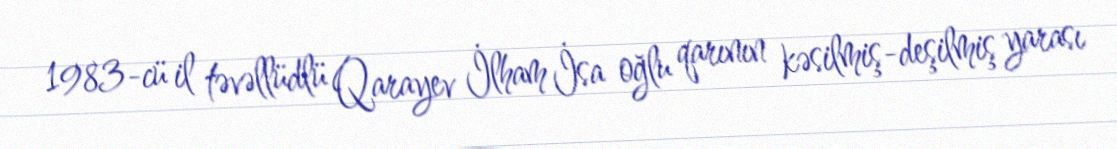
1983-cü il təvəllüdlü Qarayev İlham İsa oğlu qarının kəsilmiş-deşilmiş yarası